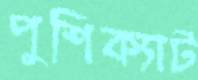
পুশিক্যাট